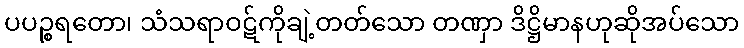
ပပဉ္စရတော၊ သံသရာဝဋ်ကိုချဲ့တတ်သော တဏှာ ဒိဋ္ဌိမာနဟုဆိုအပ်သော